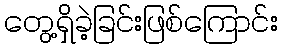
တွေ့ရှိခဲ့ခြင်းဖြစ်ကြောင်း